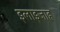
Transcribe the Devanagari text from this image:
इलाइजाह